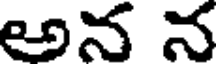
అన న